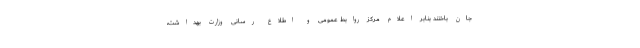
جان باختند بنابر اعلام مرکز روابط عمومی و اطلاع رسانی وزارت بهداشت،